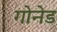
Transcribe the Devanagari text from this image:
गोनेड